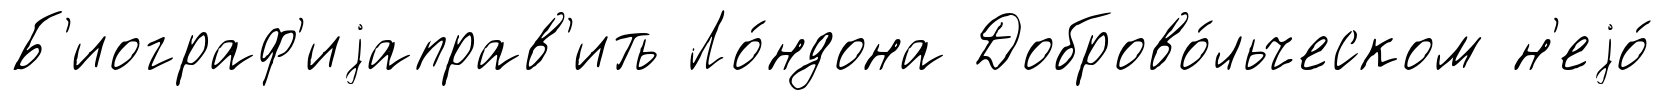
Б'иограф'иjаправ'ить Ло́ндона Доброво́льческом н'еjо́